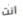
انت